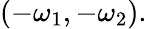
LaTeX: (-\omega_{1},-\omega_{2}).